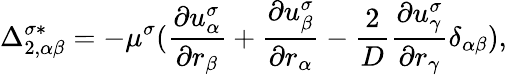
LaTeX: \Delta_{2,\alpha\beta}^{\sigma*}=-\mu^{\sigma}(\frac{\partial u_{\alpha}^{\sigma}}{\partial r_{\beta}}+\frac{\partial u_{\beta}^{\sigma}}{\partial r_{\alpha}}-\frac{2}{D}\frac{\partial u_{\gamma}^{\sigma}}{\partial r_{\gamma}}\delta_{\alpha\beta}),